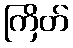
ကြိတ်